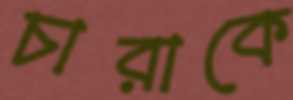
চারাকে